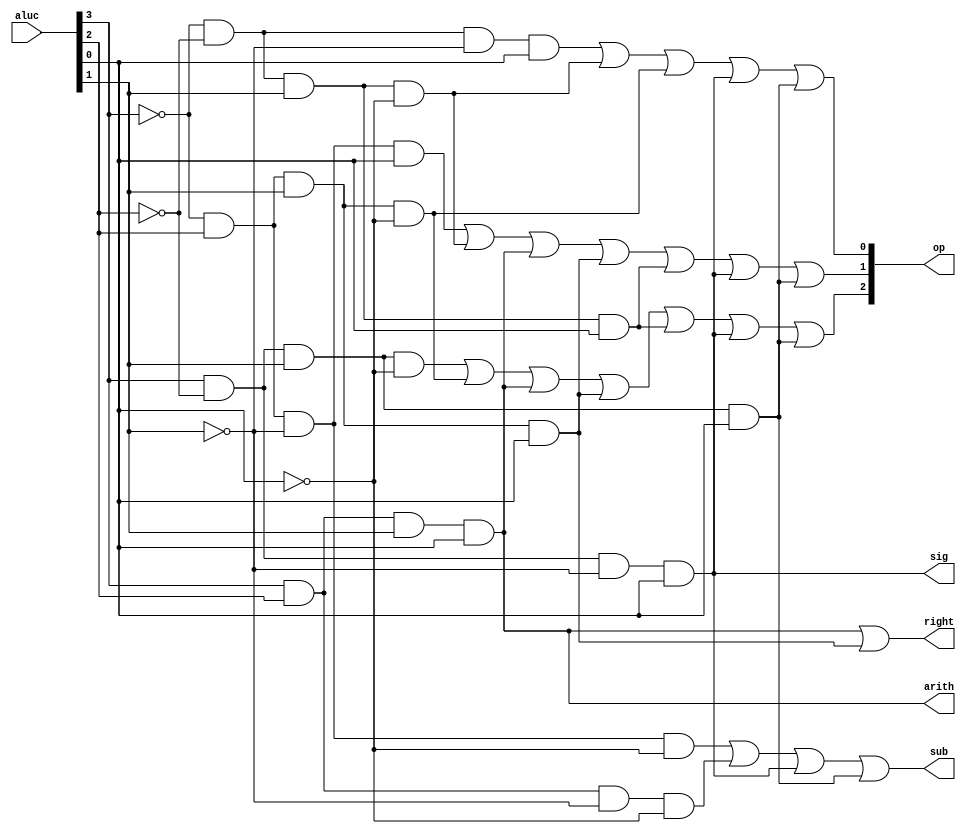
`timescale 1ns / 1ps
//////////////////////////////////////////////////////////////////////////////////
// Company: 
// Engineer: 
// 
// Design Name: 
// Module Name: alucontrol
// Project Name: 
// Target Devices: 
// Tool Versions: 
// Description: 
// 
// Dependencies: 
// 
// Revision:
// Revision 0.01 - File Created
// Additional Comments:
// 
//////////////////////////////////////////////////////////////////////////////////


module alucontrol(aluc,op,right,arith,sub,sig);
    input [3:0] aluc;
    output [2:0] op;
    output right,arith,sub,sig;
    wire i_sub,i_add,i_addu,i_subu,i_and,i_or,i_xor,i_nor,i_lui,i_sra,
    i_srl,i_sll,i_slt,i_sltu;
    //order
    and (i_add,~aluc[3],~aluc[2],~aluc[1],~aluc[0]);//0000
    and (i_sub,~aluc[3],aluc[2],~aluc[1],~aluc[0]);//0100
    and (i_addu,aluc[3],~aluc[2],~aluc[1],~aluc[0]);//1000
    and (i_subu,aluc[3],aluc[2],~aluc[1],~aluc[0]);//1100
    and (i_and,~aluc[3],~aluc[2],~aluc[1],aluc[0]);//0001
    and (i_or,~aluc[3],aluc[2],~aluc[1],aluc[0]);//0101
    and (i_xor,~aluc[3],~aluc[2],aluc[1],~aluc[0]);//0010
    and (i_nor,aluc[3],~aluc[2],aluc[1],~aluc[0]);//1010
    and (i_lui,~aluc[3],aluc[2],aluc[1],~aluc[0]);//0110
    and (i_sra,aluc[3],aluc[2],aluc[1],aluc[0]);//1111
    and (i_srl,~aluc[3],aluc[2],aluc[1],aluc[0]);//0111
    and (i_sll,~aluc[3],~aluc[2],aluc[1],aluc[0]);//0011
    and (i_slt,aluc[3],~aluc[2],~aluc[1],aluc[0]);//1001
    and (i_sltu,aluc[3],~aluc[2],aluc[1],aluc[0]);//1011
    //signal
    assign op[2] = i_nor | i_lui | i_sra | i_srl | i_sll | i_slt | i_sltu;
    assign op[1] = i_or | i_xor | i_sra | i_srl | i_sll | i_slt | i_sltu;
    assign op[0] = i_and | i_xor | i_lui | i_slt | i_sltu;
    assign right = i_sra | i_srl;
    assign arith = i_sra;
    assign sub = i_sub | i_subu | i_slt | i_sltu;
 //   assign ov = i_sub | i_add;
    assign sig = i_slt;
    
endmodule